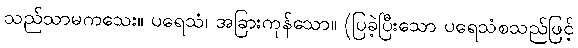
သည်သာမကသေး။ ပရေသံ၊ အခြားကုန်သော။ (ပြခဲ့ပြီးသော ပရေသံစသည်ဖြင့်